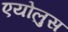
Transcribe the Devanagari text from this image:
एयोलुस